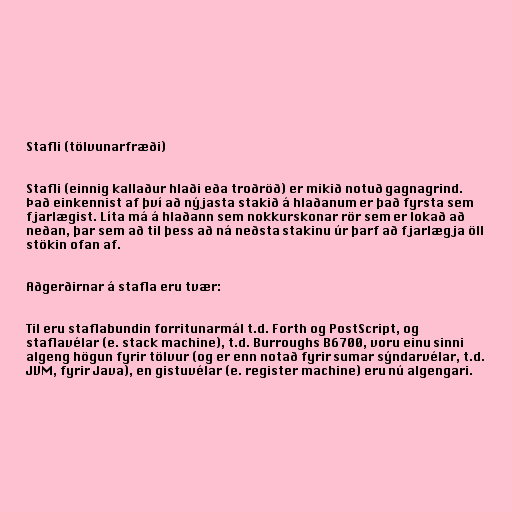
Stafli (tölvunarfræði)

Stafli (einnig kallaður hlaði eða troðröð) er mikið notuð gagnagrind.
Það einkennist af því að nýjasta stakið á hlaðanum er það fyrsta sem
fjarlægist. Líta má á hlaðann sem nokkurskonar rör sem er lokað að
neðan, þar sem að til þess að ná neðsta stakinu úr þarf að fjarlægja öll
stökin ofan af.

Aðgerðirnar á stafla eru tvær:

Til eru staflabundin forritunarmál t.d. Forth og PostScript, og
staflavélar (e. stack machine), t.d. Burroughs B6700, voru einu sinni
algeng högun fyrir tölvur (og er enn notað fyrir sumar sýndarvélar, t.d.
JVM, fyrir Java), en gistuvélar (e. register machine) eru nú algengari.